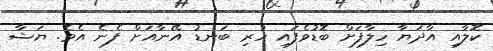
ކޮލާއި އާދަޔާ ހިލާފަށް ބޮޑުވެފައި ހުރި ބަނޑު އޭނާއަށް ފެނެ އެވެ. ޔަޝާ